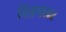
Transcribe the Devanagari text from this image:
चित्रणावर